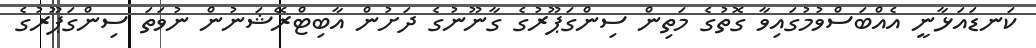
ކަނޑައަޅާނީ އެއްބަސްވުމުގައިވާ ގޮތުގެ މަތިން ސިންގަޕޫރުގެ ގާނޫނުގެ ދަށުން އާބިޓްރޭޝަނުން ނުވަތަ ސިންގަޕޫރުގެ